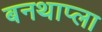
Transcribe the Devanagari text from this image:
बनथाप्ला